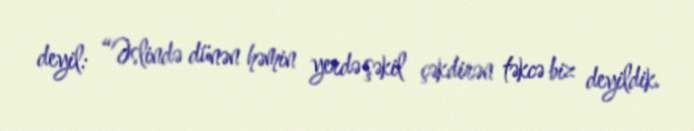
deyil: “Əslində dünən həmin yerdə şəkil çəkdirən təkcə biz deyildik.